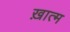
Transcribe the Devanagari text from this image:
ख़ात्म